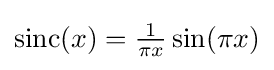
{\textstyle \operatorname {sinc} (x)={\frac {1}{\pi x}}\sin(\pi x)}